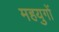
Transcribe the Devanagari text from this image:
महयुगों